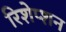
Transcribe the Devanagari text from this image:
रिशेप्शन